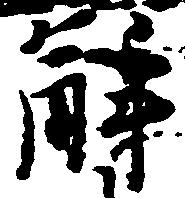
解